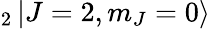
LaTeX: _{2}\mathinner{|{J=2,m_{J}=0}\rangle}